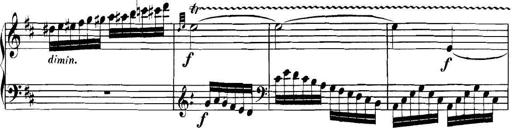
Title: Collected Piano Sonatas
Composer: Muzio Clementi